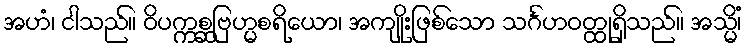
အဟံ၊ ငါသည်။ ဝိပက္ကစ္ဆဗြဟ္မစရိယော၊ အကျိုးဖြစ်သော သင်္ဂဟဝတ္ထုရှိသည်။ အသ္မိံ၊